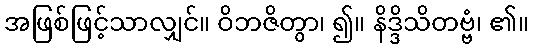
အဖြစ်ဖြင့်သာလျှင်။ ဝိဘဇိတွာ၊ ၍။ နိဒ္ဒိသိတဗ္ဗံ၊ ၏။